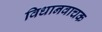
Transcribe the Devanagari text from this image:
विधानवाचक